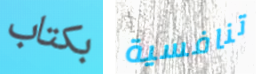
بكتاب تنافسية